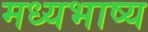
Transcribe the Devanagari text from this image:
मध्यभाष्य